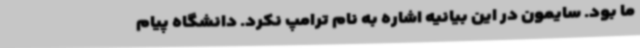
ما بود. سایمون در این بیانیه اشاره به نام ترامپ نکرد. دانشگاه پیام